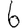
Digit: 6